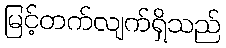
မြင့်တက်လျက်ရှိသည်